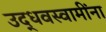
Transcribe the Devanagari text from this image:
उद्धवस्वामींना